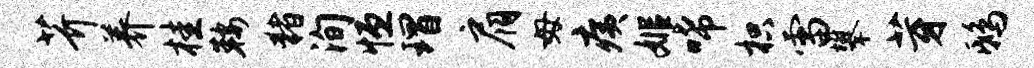
芥养桂鞍猪洵恒瑁肩毋痍姬唏枳雷攀芽鸱